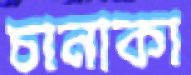
চানাকা